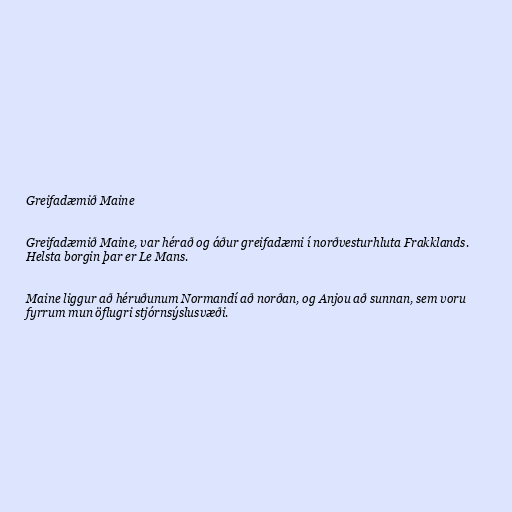
Greifadæmið Maine

Greifadæmið Maine, var hérað og áður greifadæmi í norðvesturhluta Frakklands.
Helsta borgin þar er Le Mans.

Maine liggur að héruðunum Normandí að norðan, og Anjou að sunnan, sem voru
fyrrum mun öflugri stjórnsýslusvæði.